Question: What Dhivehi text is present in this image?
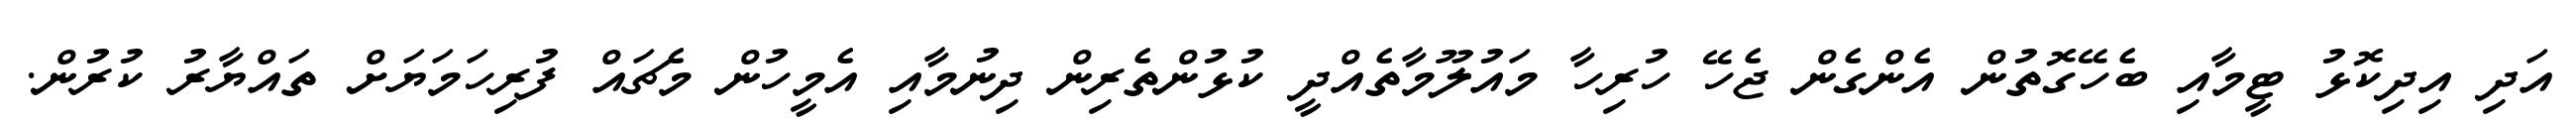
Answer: އަދި އިދިކޮޅު ޓީމާއި ބެހޭގޮތުން އެންގެން ޖެހޭ ހުރިހާ މައުލޫމާތެއްދީ ކުޅުންތެރިން ދިނުމާއި އެމީހުން މެޗައް ފުރިހަމަޔަށް ތައްޔާރު ކުރުން.